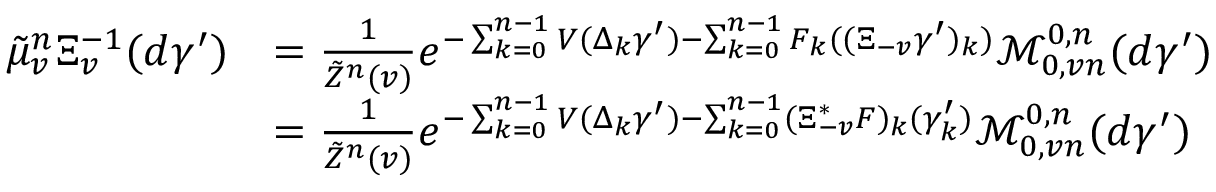
\begin{array} { r l } { \tilde { \mu } _ { v } ^ { n } \Xi _ { v } ^ { - 1 } ( d \gamma ^ { \prime } ) } & { = \frac { 1 } { \tilde { Z } ^ { n } ( v ) } e ^ { - \sum _ { k = 0 } ^ { n - 1 } V ( \Delta _ { k } \gamma ^ { \prime } ) - \sum _ { k = 0 } ^ { n - 1 } F _ { k } ( ( \Xi _ { - v } \gamma ^ { \prime } ) _ { k } ) } \mathcal { M } _ { 0 , v n } ^ { 0 , n } ( d \gamma ^ { \prime } ) } \\ & { = \frac { 1 } { \tilde { Z } ^ { n } ( v ) } e ^ { - \sum _ { k = 0 } ^ { n - 1 } V ( \Delta _ { k } \gamma ^ { \prime } ) - \sum _ { k = 0 } ^ { n - 1 } ( \Xi _ { - v } ^ { * } F ) _ { k } ( \gamma _ { k } ^ { \prime } ) } \mathcal { M } _ { 0 , v n } ^ { 0 , n } ( d \gamma ^ { \prime } ) } \end{array}